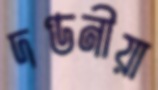
দণ্ডনীয়া